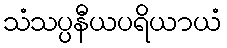
သံသပ္ပနီယပရိယာယံ